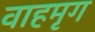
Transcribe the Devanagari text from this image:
वाहमृग